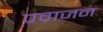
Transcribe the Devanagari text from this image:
प्रव्राजन